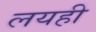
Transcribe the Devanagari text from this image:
लयही